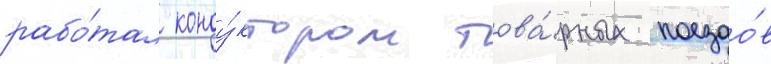
рабо́тал конду́ктором това́рных поездо́в